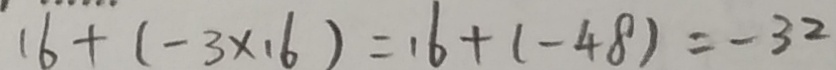
1 6 + ( - 3 \times 1 6 ) = 1 6 + ( - 4 8 ) = - 3 2